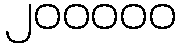
၂၀၀၀၀၀